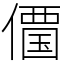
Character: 𠏹